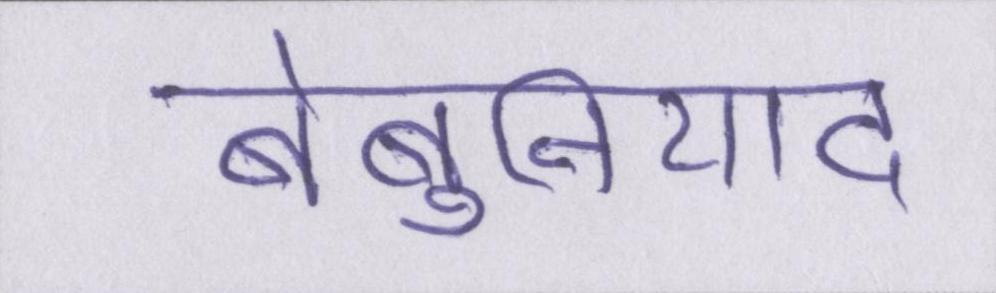
बेबुनियाद